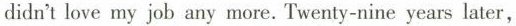
didn't love my job any more. 'Twenty-nine years later,